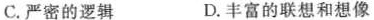
C.严密的逻辑 D.丰富的联想和想像